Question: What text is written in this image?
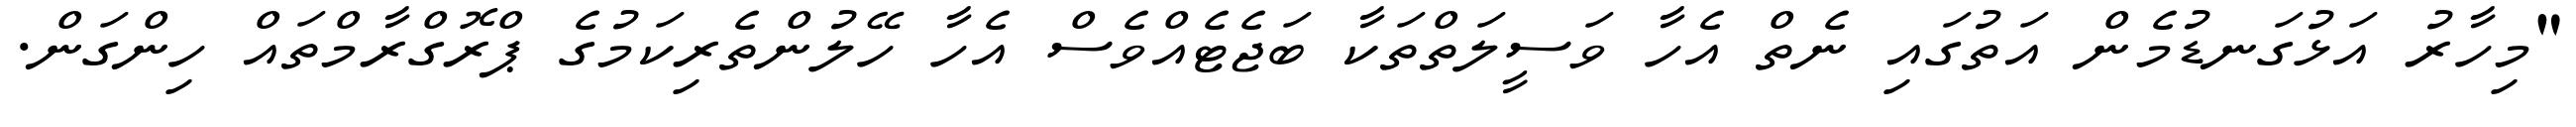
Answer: "މިހާރު އަޅުގަނޑުމެން އަތުގައި ނެތް އެހާ ވަސީލަތްތަކާ ބަޖެޓެއްވެސް އެހާ ހޭލުންތެރިކަމުގެ ޕްރޮގްރާމްތައް ހިންގަން.